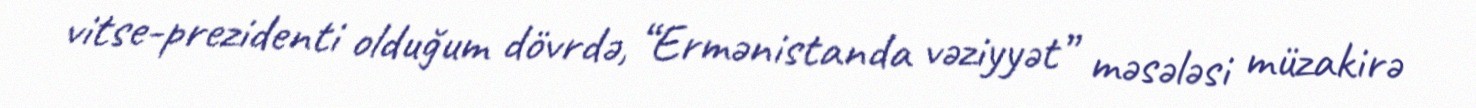
vitse-prezidenti olduğum dövrdə, “Ermənistanda vəziyyət” məsələsi müzakirə